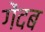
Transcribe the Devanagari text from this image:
गेंदब